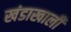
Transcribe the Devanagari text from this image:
खंडाखाली